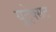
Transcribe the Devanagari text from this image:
युट्रेक्सट